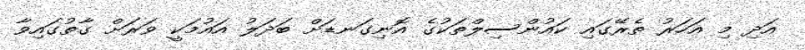
އަދި މި އަހަރު ތެރޭގައި ކައުންސިލްތަކުގެ އޮނިގަނޑަށް ބަދަލު އައުމަކީ ވަރަށް ގާތުގައިވާ